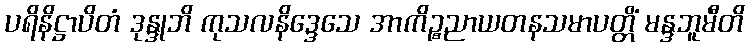
ပရိနိဋ္ဌာပိတံ ဒုန္ဒုဘိ ကုသလနိဒ္ဒေသေ အာကိဉ္စညာယတနသမာပတ္တိံ မန္ဒဘူမီတိ